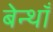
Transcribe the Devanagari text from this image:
बेन्थाँ